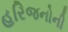
હરિજનોની